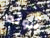
ثروته